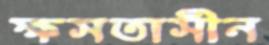
ক্ষসতাসীন